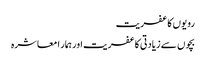
رویوں کا عفریت
بچوں سے زیادتی کا عفریت اور ہمار ا معاشرہ